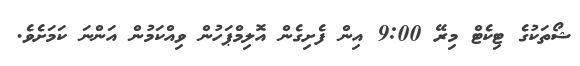
ޝޯތަކުގެ ޓިކެޓް މިރޭ 9:00 އިން ފެށިގެން އޮލިމްޕަހުން ވިއްކަމުން އަންނަ ކަމަށެވެ.